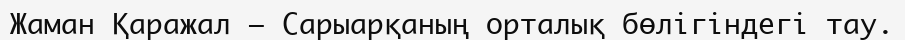
Жаман Қаражал – Сарыарқаның орталық бөлігіндегі тау.